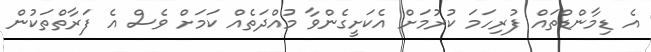
އެ ޑިމާންޑްތައް ފުރިހަމަ ކުރުމަށް އެކަށީގެންވާ މުއްދަތެއް ކަމަށް ވެސް އެ ފަރާތްތަކުން